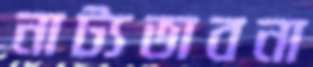
নাট্যভাবনা